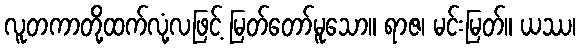
လူတကာတို့ထက်လုံ့လဖြင့် မြတ်တော်မူသော။ ရာဇ၊ မင်းမြတ်။ ယဿ၊